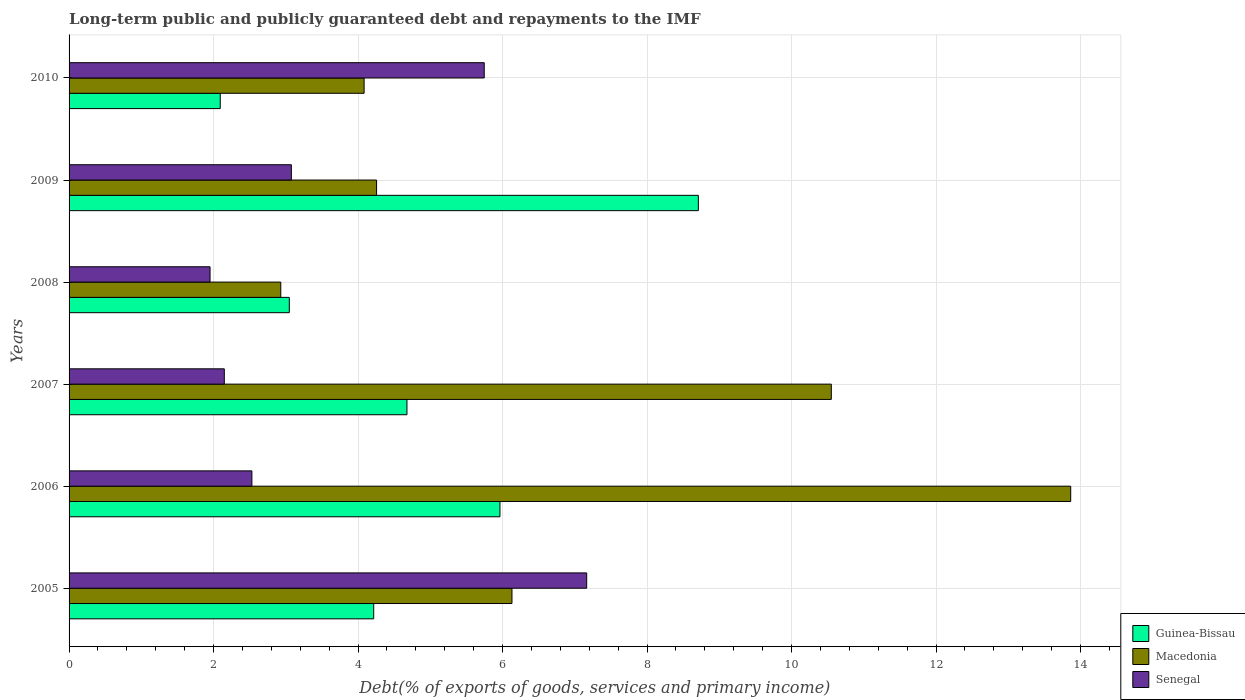
| Years | Guinea-Bissau | Macedonia | Senegal |
 | --- | --- | --- | --- |
 | 2005 | 4.22 | 6.13 | 7.16 |
 | 2006 | 5.96 | 13.9 | 2.53 |
 | 2007 | 4.68 | 10.6 | 2.15 |
 | 2008 | 3.05 | 2.93 | 1.95 |
 | 2009 | 8.71 | 4.26 | 3.08 |
 | 2010 | 2.09 | 4.08 | 5.75 |